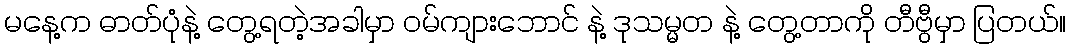
မနေ့က ဓာတ်ပုံနဲ့ တွေ့ရတဲ့အခါမှာ ဝမ်ကျားဘောင် နဲ့ ဒုသမ္မတ နဲ့ တွေ့တာကို တီဗွီမှာ ပြတယ်။